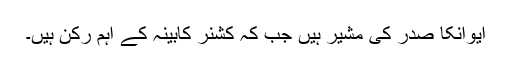
ایوانکا صدر کی مشیر ہیں جب کہ کشنر کابینہ کے اہم رکن ہیں۔